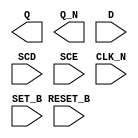
module sky130_fd_sc_hs__sdfbbn (
    Q      ,
    Q_N    ,
    D      ,
    SCD    ,
    SCE    ,
    CLK_N  ,
    SET_B  ,
    RESET_B
);

    output Q      ;
    output Q_N    ;
    input  D      ;
    input  SCD    ;
    input  SCE    ;
    input  CLK_N  ;
    input  SET_B  ;
    input  RESET_B;

    // Voltage supply signals
    supply1 VPWR;
    supply0 VGND;

endmodule